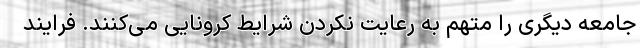
جامعه دیگری را متهم به رعایت نکردن شرایط کرونایی می‌کنند. فرایند